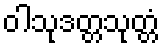
ဝါသုဒတ္တသုတ္တံ